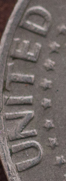
UNITED